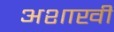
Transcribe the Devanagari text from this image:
अशाखी